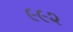
૯૯૨